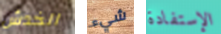
الخدش شيء الإستفادة